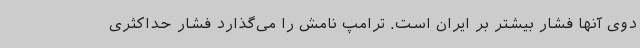
دوی آنها فشار بیشتر بر ایران است. ترامپ نامش را می‌گذارد فشار حداکثری